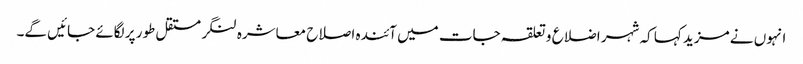
انہوں نے مزید کہا کہ شہر اضلاع و تعلقہ جات میں آئندہ اصلاح معاشرہ لنگر مستقل طور پر لگائے جائیں گے۔